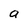
Character: a